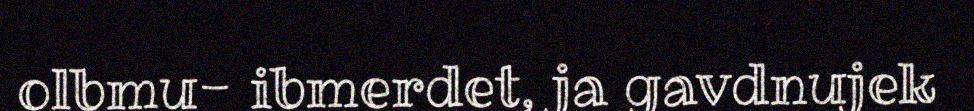
olbmu- ibmerdet, ja gavdnujek